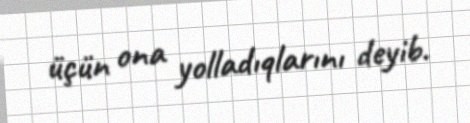
üçün ona yolladıqlarını deyib.